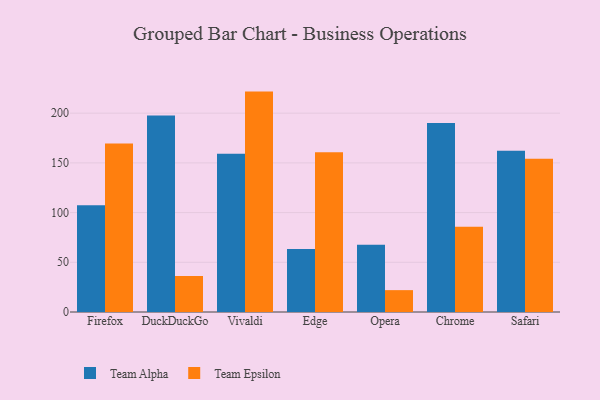
{"axis": {"x": "Browser", "y": "Demand Index"}, "legend": ["Team Alpha", "Team Epsilon"], "data": [{"x": "Firefox", "y": 107.3, "type": "Team Alpha"}, {"x": "Firefox", "y": 169.6, "type": "Team Epsilon"}, {"x": "DuckDuckGo", "y": 197.7, "type": "Team Alpha"}, {"x": "DuckDuckGo", "y": 36.2, "type": "Team Epsilon"}, {"x": "Vivaldi", "y": 159.1, "type": "Team Alpha"}, {"x": "Vivaldi", "y": 221.7, "type": "Team Epsilon"}, {"x": "Edge", "y": 63.3, "type": "Team Alpha"}, {"x": "Edge", "y": 160.8, "type": "Team Epsilon"}, {"x": "Opera", "y": 67.7, "type": "Team Alpha"}, {"x": "Opera", "y": 22.0, "type": "Team Epsilon"}, {"x": "Chrome", "y": 190.0, "type": "Team Alpha"}, {"x": "Chrome", "y": 85.8, "type": "Team Epsilon"}, {"x": "Safari", "y": 162.2, "type": "Team Alpha"}, {"x": "Safari", "y": 154.1, "type": "Team Epsilon"}]}